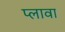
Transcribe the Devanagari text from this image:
प्लावा